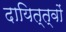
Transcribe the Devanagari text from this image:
दायित्त्वों